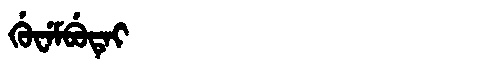
Manchu: ᡤᡠᠸᡝᠮᠪᡠᡨᡝᡳ
Romanization: GUWEMBUTEI